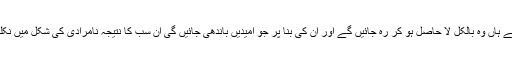
خدا کے ہاں وہ بالکل لا حاصل ہو کر رہ جائیں گے اور ان کی بنا پر جو امیدیں باندھی جائیں گی ان سب کا نتیجہ نامرادی کی شکل میں نکلے گا۔